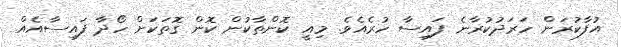
އުފާކުރަން ހަރަދުކުރާނެ ފައިސާ ހުރެއެވެ. މިއީ ކޮންތާކުން ކޮން ގޮތަކަށް ހޯދާ ފައިސާއެއް